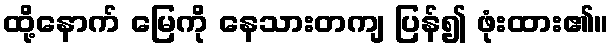
ထို့နောက် မြေကို နေသားတကျ ပြန်၍ ဖုံးထား၏။